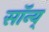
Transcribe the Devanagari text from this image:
सॉन्य्